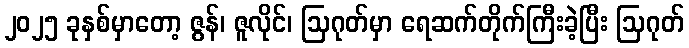
၂၀၂၅ ခုနှစ်မှာတော့ ဇွန်၊ ဇူလိုင်၊ ဩဂုတ်မှာ ရေဆက်တိုက်ကြီးခဲ့ပြီး ဩဂုတ်